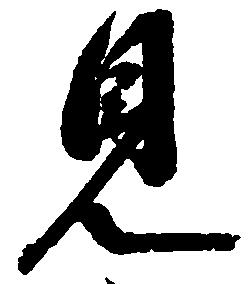
見